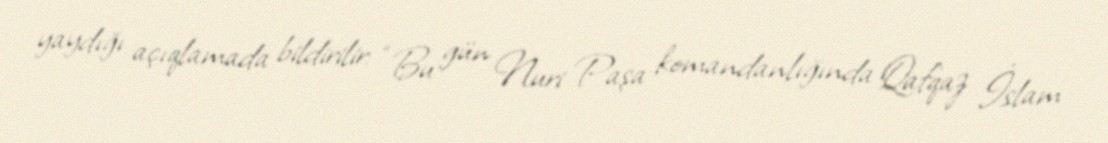
yaydığı açıqlamada bildirilir: “Bu gün Nuri Paşa komandanlığında Qafqaz İslam